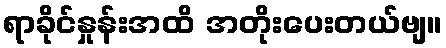
ရာခိုင်နှုန်းအထိ အတိုးပေးတယ်ဗျ။